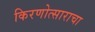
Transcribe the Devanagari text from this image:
किरणोत्साराचा